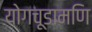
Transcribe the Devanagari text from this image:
योगचूडामणि